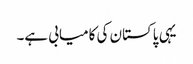
یہی پاکستان کی کامیابی ہے۔